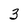
Character: 3